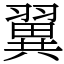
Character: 翼